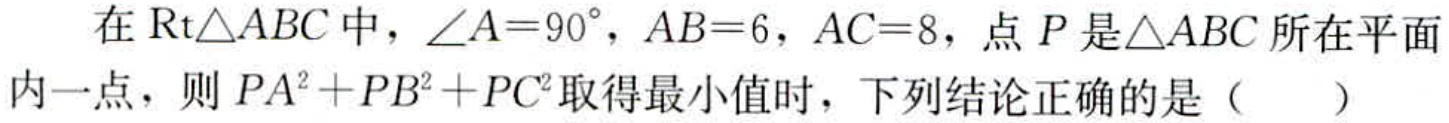
在$\text{Rt}\triangle ABC$中，$\angle A = 90^{\circ}$，$AB = 6$，$AC = 8$，点$P$是$\triangle ABC$所在平面内一点，则$PA^{2}+PB^{2}+PC^{2}$取得最小值时，下列结论正确的是（  ）